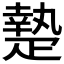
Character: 𤴢